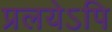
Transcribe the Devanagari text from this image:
प्रलयेऽपि